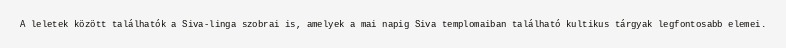
A leletek között találhatók a Siva-linga szobrai is, amelyek a mai napig Siva templomaiban található kultikus tárgyak legfontosabb elemei.